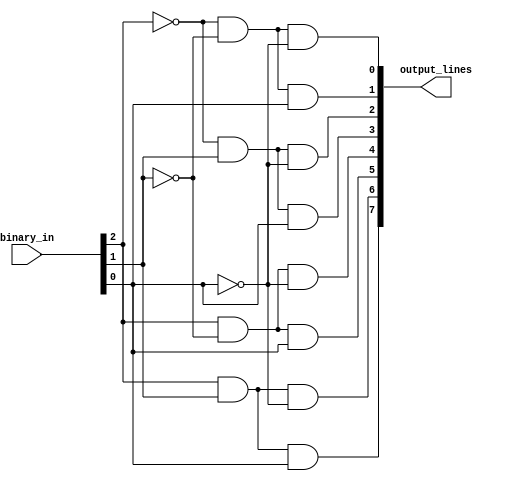
module decoder3to8(input [2:0] binary_in, output [7:0] output_lines);

  assign output_lines[0] = ~binary_in[2] & ~binary_in[1] & ~binary_in[0];
  assign output_lines[1] = ~binary_in[2] & ~binary_in[1] & binary_in[0];
  assign output_lines[2] = ~binary_in[2] & binary_in[1] & ~binary_in[0];
  assign output_lines[3] = ~binary_in[2] & binary_in[1] & binary_in[0];
  assign output_lines[4] = binary_in[2] & ~binary_in[1] & ~binary_in[0];
  assign output_lines[5] = binary_in[2] & ~binary_in[1] & binary_in[0];
  assign output_lines[6] = binary_in[2] & binary_in[1] & ~binary_in[0];
  assign output_lines[7] = binary_in[2] & binary_in[1] & binary_in[0];

endmodule